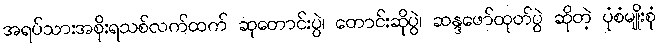
အရပ်သားအစိုးရသစ်လက်ထက် ဆုတောင်းပွဲ၊ တောင်းဆိုပွဲ၊ ဆန္ဒဖော်ထုတ်ပွဲ ဆိုတဲ့ ပုံစံမျိုးစုံ